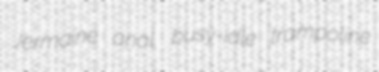
Jermaine anal. busy-idle trampoline